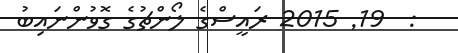
:  19